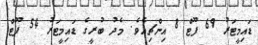
ޑައިމީޓަރު 69 ފޫޓް 8 އިންޗިއެވެ. މެދު ބުރީގެ ޑައިމީޓަރު 54 ފޫޓް